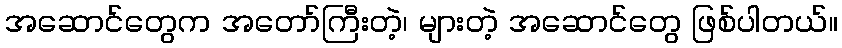
အဆောင်တွေက အတော်ကြီးတဲ့၊ များတဲ့ အဆောင်တွေ ဖြစ်ပါတယ်။